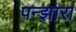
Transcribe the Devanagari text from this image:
पन्झारा